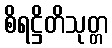
စိရဋ္ဌိတိသုတ္တ